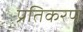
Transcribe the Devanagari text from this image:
प्रतिकरण